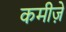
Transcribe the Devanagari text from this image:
कमीज़ें